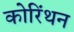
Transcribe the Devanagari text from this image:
कोरिंथन